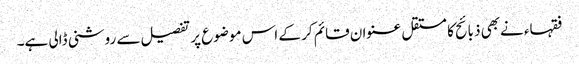
فقہاء نےبھی ذبائح کا مستقل عنوان قائم کر کے اس موضوع پر تفصیل سے روشنی ڈالی ہے۔